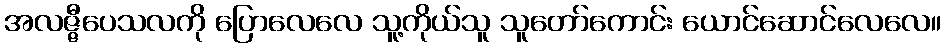
အလဇ္ဇီပေသလကို ပြောလေလေ သူ့ကိုယ်သူ သူတော်ကောင်း ယောင်ဆောင်လေလေ။